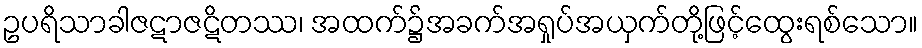
ဥပရိသာခါဇဋာဇဋိတဿ၊ အထက်၌အခက်အရှုပ်အယှက်တို့ဖြင့်ထွေးရစ်သော။